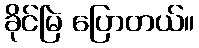
ခိုင်မြဲ ပြောတယ်။